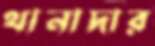
থানাদার